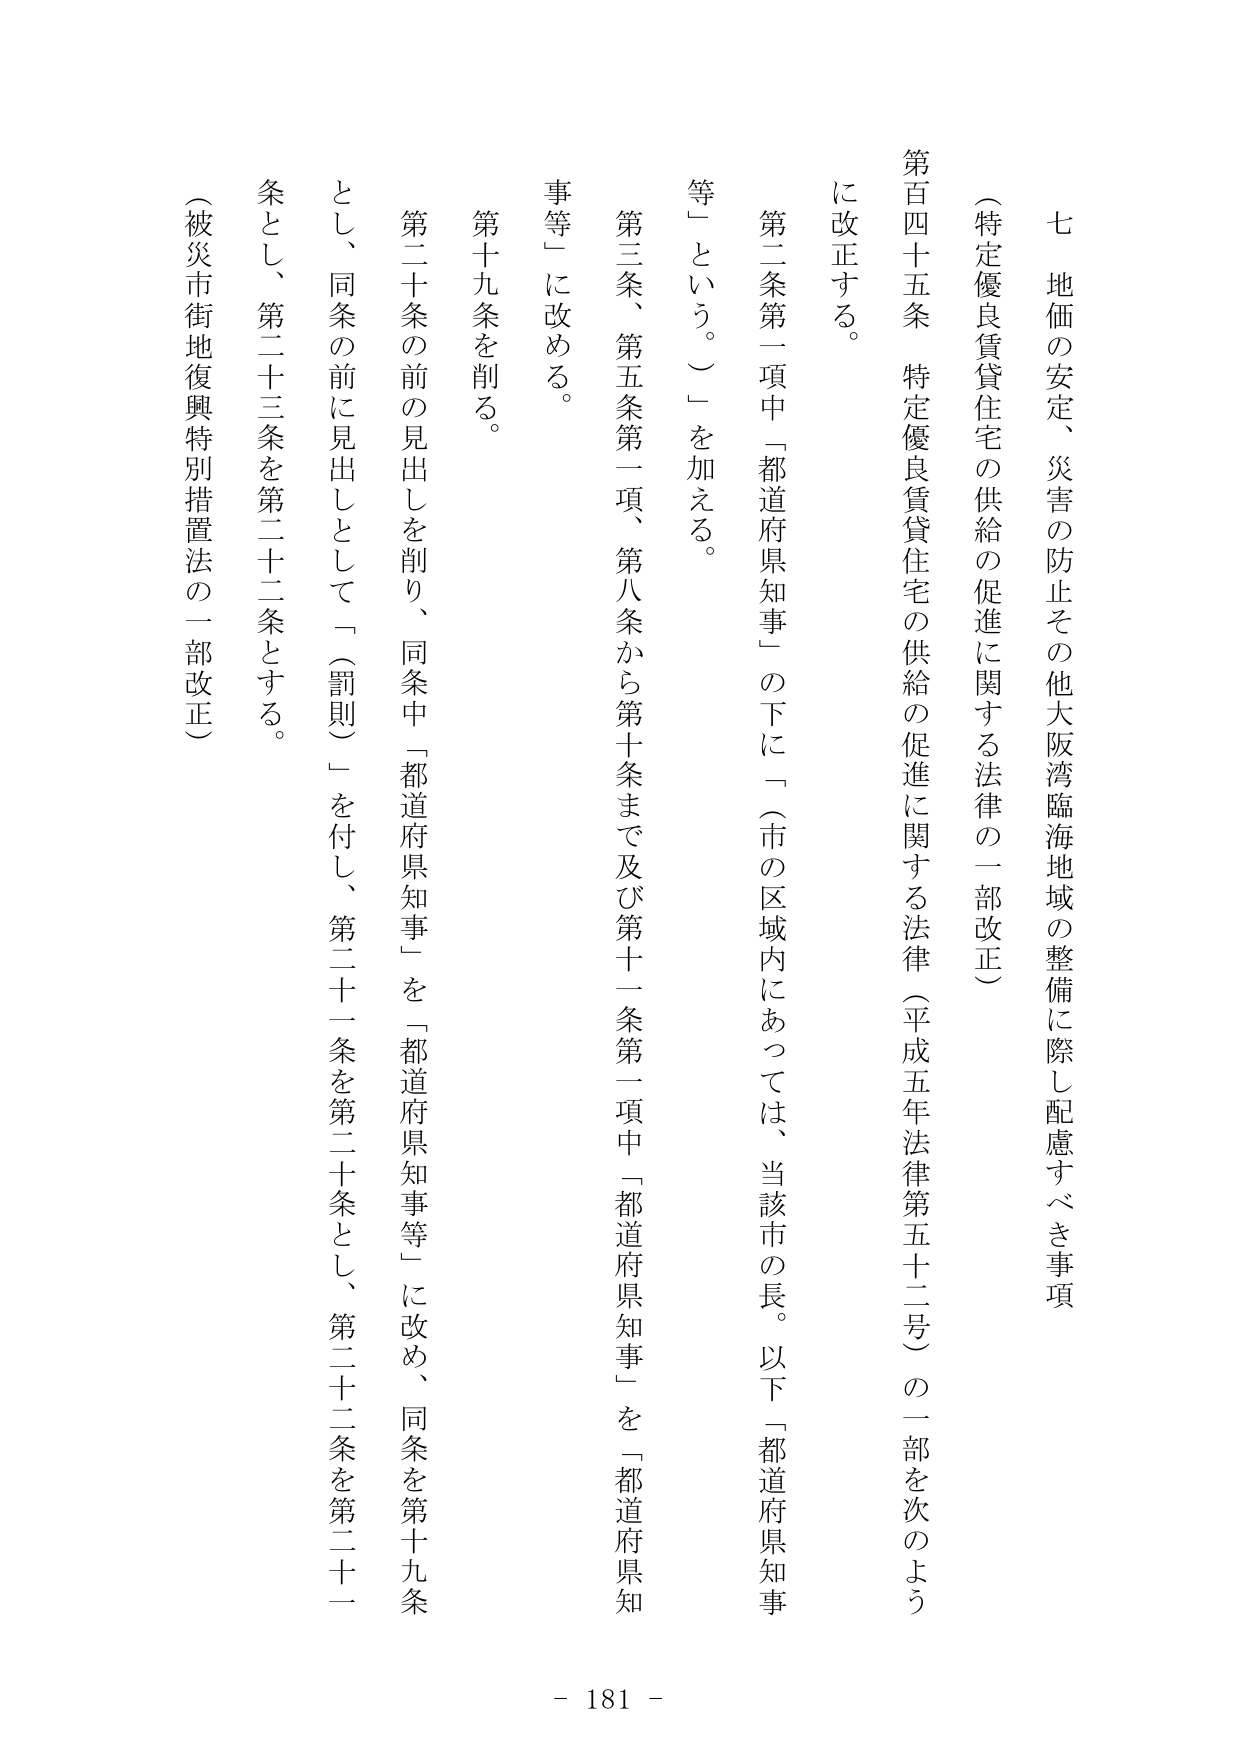
七 地価の安定、災害の防止その他大阪湾臨海地域の整備に際し配慮すべき事項

（特定優良賃貸住宅の供給の促進に関する法律の一部改正）

第百四十五条 特定優良賃貸住宅の供給の促進に関する法律（平成五年法律第五十二号）の一部を次のよう
に改正する。

第二条第一項中「都道府県知事」の下に「（市の区域内にあっては、当該市の長。以下「都道府県知事
等」という。）」を加える。

第三条、第五条第一項、第八条から第十条まで及び第十一条第一項中「都道府県知事」を「都道府県知
事等」に改める。

第十九条を削る。

第二十条の前の見出しを削り、同条中「都道府県知事」を「都道府県知事等」に改め、同条を第十九条
とし、同条の前に見出しとして「（罰則）」を付し、第二十一条を第二十条とし、第二十二条を第二十一
条とし、第二十三条を第二十二条とする。

（被災市街地復興特別措置法の一部改正）

- 181 -